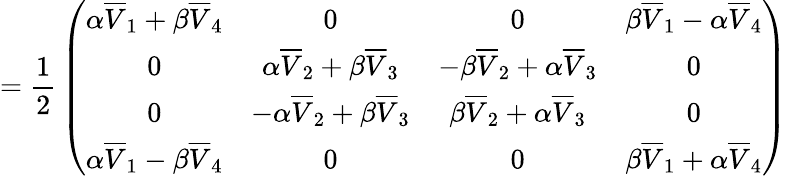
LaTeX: ={\frac{1}{2}}\left(\begin{array}{cccc}{{\alpha\overline{{{V}}}_{1}+\beta\overline{{{V}}}_{4}}}&{{0}}&{{0}}&{{\beta\overline{{{V}}}_{1}-\alpha\overline{{{V}}}_{4}}}\\ {{0}}&{{\alpha\overline{{{V}}}_{2}+\beta\overline{{{V}}}_{3}}}&{{-\beta\overline{{{V}}}_{2}+\alpha\overline{{{V}}}_{3}}}&{{0}}\\ {{0}}&{{-\alpha\overline{{{V}}}_{2}+\beta\overline{{{V}}}_{3}}}&{{\beta\overline{{{V}}}_{2}+\alpha\overline{{{V}}}_{3}}}&{{0}}\\ {{\alpha\overline{{{V}}}_{1}-\beta\overline{{{V}}}_{4}}}&{{0}}&{{0}}&{{\beta\overline{{{V}}}_{1}+\alpha\overline{{{V}}}_{4}}}\end{array}\right)